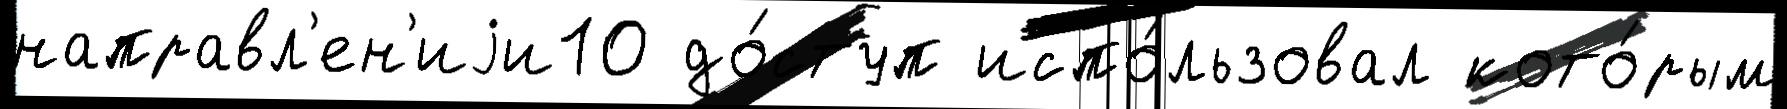
направл'ен'иjи10 до́ступ испо́льзовал кото́рым